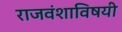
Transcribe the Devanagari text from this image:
राजवंशाविषयी